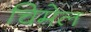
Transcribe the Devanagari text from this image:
चिमेल